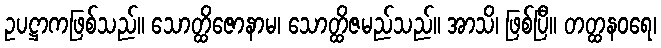
ဥပဋ္ဌာကဖြစ်သည်။ သောတ္ထိဇောနာမ၊ သောတ္ထိဇမည်သည်။ အာသိ၊ ဖြစ်ပြီ။ တတ္ထနဝရေ၊